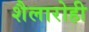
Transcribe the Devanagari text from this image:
शैलारोही